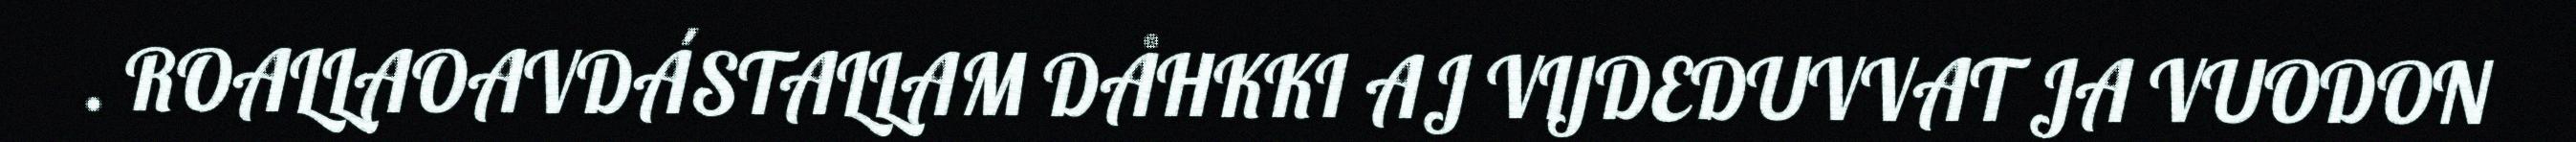
. ROALLAOAVDÁSTALLAM DÅHKKI AJ VIJDEDUVVAT JA VUODON